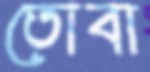
তোবা